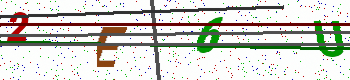
Text: 2E6U